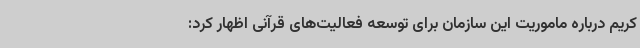
کریم درباره ماموریت این سازمان برای توسعه فعالیت‌های قرآنی اظهار کرد: